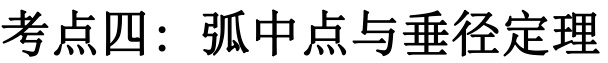
考点四：弧中点与垂径定理